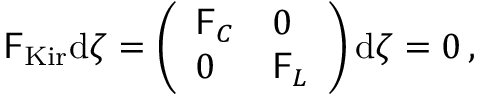
\begin{array} { r } { \mathsf { F } _ { \mathrm { K i r } } \mathrm { d } \boldsymbol { \zeta } = \left( \begin{array} { l l } { \mathsf { F } _ { C } } & { 0 } \\ { 0 } & { \mathsf { F } _ { L } } \end{array} \right) \mathrm { d } \boldsymbol { \zeta } = 0 \, , } \end{array}